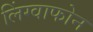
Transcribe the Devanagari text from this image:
लिंग्वाफोन